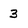
Character: 3